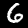
Digit: 6